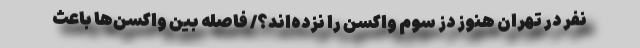
نفر در تهران هنوز دز سوم واکسن را نزده‌اند؟/ فاصله بین واکسن‌ها باعث